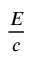
\frac { E } { c }